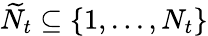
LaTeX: \widetilde{N}_{t}\subseteq\{ 1,...,N_{t}\}